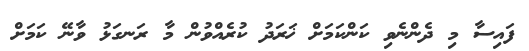
ފައިސާ މި ދެންނެވި ކަންކަމަށް ޚަރަދު ކުރެއްވުން މާ ރަނގަޅު ވާނޭ ކަމަށް